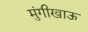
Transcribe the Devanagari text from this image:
मुंगीखाऊ